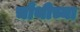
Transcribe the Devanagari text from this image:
चौथीच्या